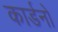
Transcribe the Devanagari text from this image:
कार्डनो